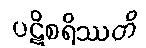
ပဋိစရိဿတိ